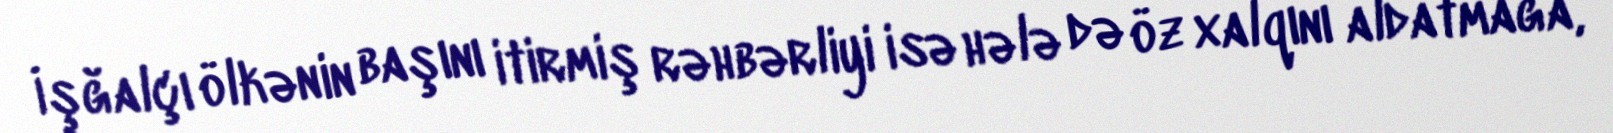
İşğalçı ölkənin başını itirmiş rəhbərliyi isə hələ də öz xalqını aldatmağa,